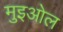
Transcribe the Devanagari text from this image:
मुइओल